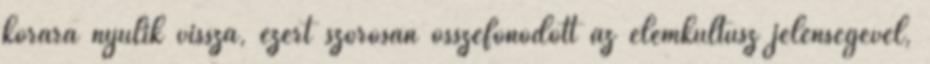
korára nyúlik vissza, ezért szorosan összefonódott az elemkultusz jelenségével,